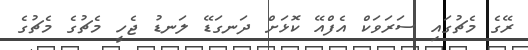
ރޭގެ މެޗުގައި ސަރަވަކް އެފްއޭ ކޮޅަށް ދަނގަޑޭ ލަނޑު ޖެހީ މެޗުގެ މެޗުގެ